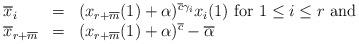
LaTeX: \begin{align*}\begin{array}{lll}\overline x_i&=&(x_{r+\overline m}(1)+\alpha)^{\overline c\gamma_i}x_i(1)\mbox{ for }1\le i\le r\mbox{ and}\\\overline x_{r+\overline m}&=&(x_{r+\overline m}(1)+\alpha)^{\overline c}-\overline \alpha\end{array}\end{align*}